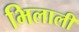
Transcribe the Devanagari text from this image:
भिलाली